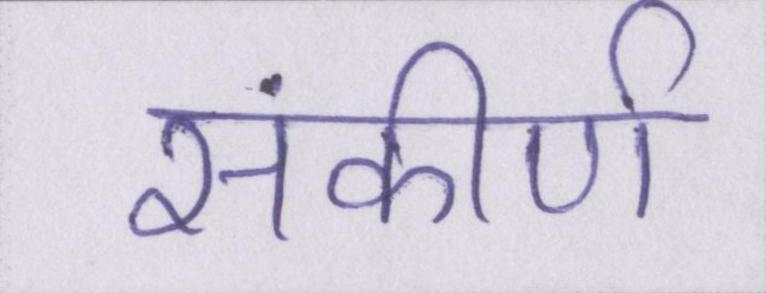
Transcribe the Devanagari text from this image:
संकीर्ण